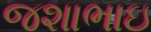
જશાભાઇ